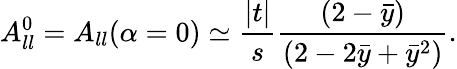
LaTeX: A_{ll}^{0}=A_{ll}(\alpha=0)\simeq\frac{|t|}{s}\frac{(2-\bar{y})}{(2-2\bar{y}+\bar{y}^{2})}.